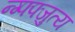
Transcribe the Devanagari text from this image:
न्ग्फ्फ्जुत्य